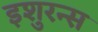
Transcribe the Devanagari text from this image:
इशुरन्स